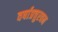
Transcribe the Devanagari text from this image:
वर्षाप्रचुरवन